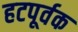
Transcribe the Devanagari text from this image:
हटपूर्वक